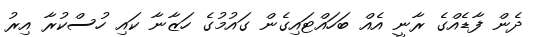
ދެން ފާޑެއްގެ ރާނީ އެއް ބަހައްޓައިގެން ގައުމުގެ ހަޒާނާ ކައި ހުސްކުރާ އިރު